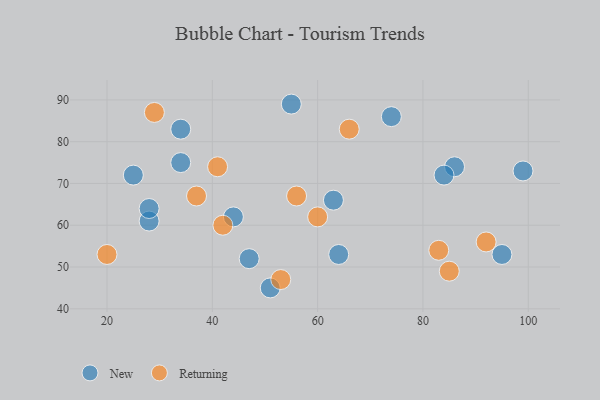
{"axis": {"x": "GDP", "y": "Life Expectancy"}, "legend": ["New", "Returning"], "data": [{"x": "44", "y": 62, "type": "New"}, {"x": "95", "y": 53, "type": "New"}, {"x": "34", "y": 75, "type": "New"}, {"x": "64", "y": 53, "type": "New"}, {"x": "28", "y": 61, "type": "New"}, {"x": "86", "y": 74, "type": "New"}, {"x": "63", "y": 66, "type": "New"}, {"x": "25", "y": 72, "type": "New"}, {"x": "34", "y": 83, "type": "New"}, {"x": "28", "y": 64, "type": "New"}, {"x": "51", "y": 45, "type": "New"}, {"x": "47", "y": 52, "type": "New"}, {"x": "55", "y": 89, "type": "New"}, {"x": "74", "y": 86, "type": "New"}, {"x": "84", "y": 72, "type": "New"}, {"x": "99", "y": 73, "type": "New"}, {"x": "37", "y": 67, "type": "Returning"}, {"x": "29", "y": 87, "type": "Returning"}, {"x": "83", "y": 54, "type": "Returning"}, {"x": "53", "y": 47, "type": "Returning"}, {"x": "20", "y": 53, "type": "Returning"}, {"x": "56", "y": 67, "type": "Returning"}, {"x": "42", "y": 60, "type": "Returning"}, {"x": "41", "y": 74, "type": "Returning"}, {"x": "92", "y": 56, "type": "Returning"}, {"x": "66", "y": 83, "type": "Returning"}, {"x": "85", "y": 49, "type": "Returning"}, {"x": "60", "y": 62, "type": "Returning"}]}